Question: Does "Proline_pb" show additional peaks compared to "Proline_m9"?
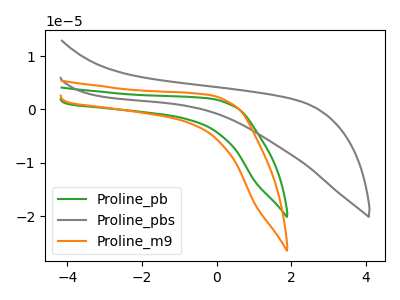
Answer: <think>The green curve "Proline_pb" has no peaks. The gray curve "Proline_pbs" has no peaks. The orange curve "Proline_m9" has no peaks.
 Neither "Proline_pb" or "Proline_m9" have any peaks.</think>
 <answer>No, "Proline_pb" and "Proline_m9" don't appear to be significantly different in shape</answer>
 <eval>no_change</eval>